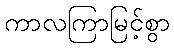
ကာလကြာမြင့်စွာ